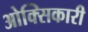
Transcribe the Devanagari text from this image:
ओक्सिकारी